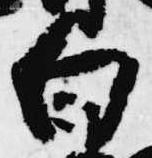
白